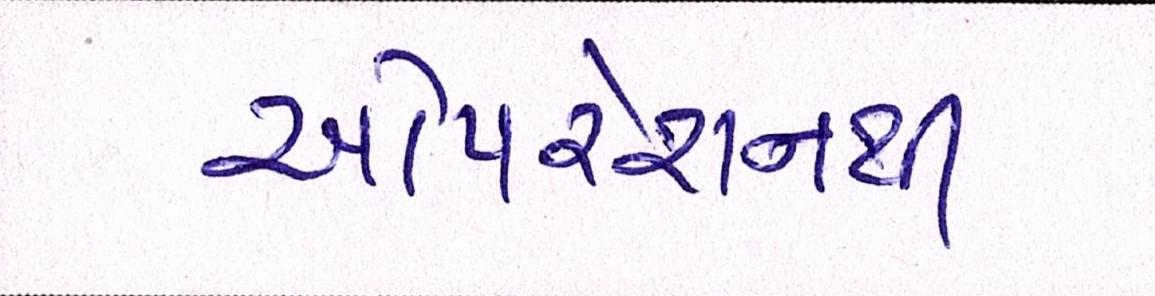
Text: ઓપરેશનથી